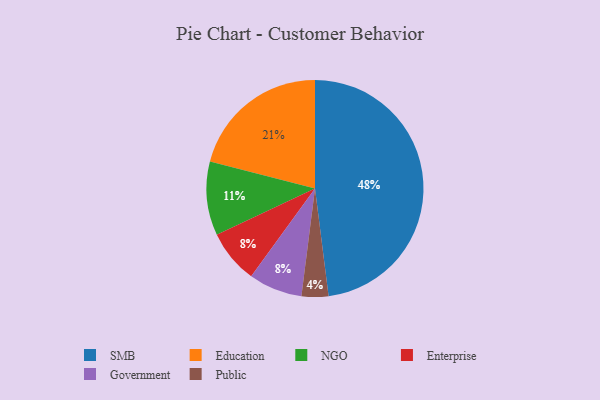
{"axis": {"x": "Category", "y": "Percentage"}, "legend": ["Education", "Enterprise", "Government", "NGO", "Public", "SMB"], "data": [{"x": "Enterprise", "y": 8, "type": "Enterprise"}, {"x": "Government", "y": 8, "type": "Government"}, {"x": "Education", "y": 21, "type": "Education"}, {"x": "SMB", "y": 48, "type": "SMB"}, {"x": "NGO", "y": 11, "type": "NGO"}, {"x": "Public", "y": 4, "type": "Public"}]}